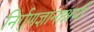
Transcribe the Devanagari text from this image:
निर्गुणज्ञानाश्रयी